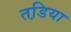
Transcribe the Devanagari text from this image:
तडि़या